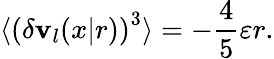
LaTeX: \langle\left(\delta\mathbf{v}_{l}(x|r)\right)^{3}\rangle=-\frac{4}{5}\varepsilon r.